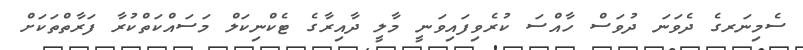
ސެމިނަރގެ ދެވަނަ ދުވަސް ހާއްސަ ކުރެވިފައިވަނީ މާލީ ދާއިރާގެ ޓެކްނިކަލް މަސައްކަތްކުރާ ފަރާތްތަކަށް